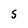
Character: S